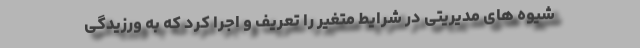
شیوه های مدیریتی در شرایط متغیر را تعریف و اجرا کرد که به ورزیدگی